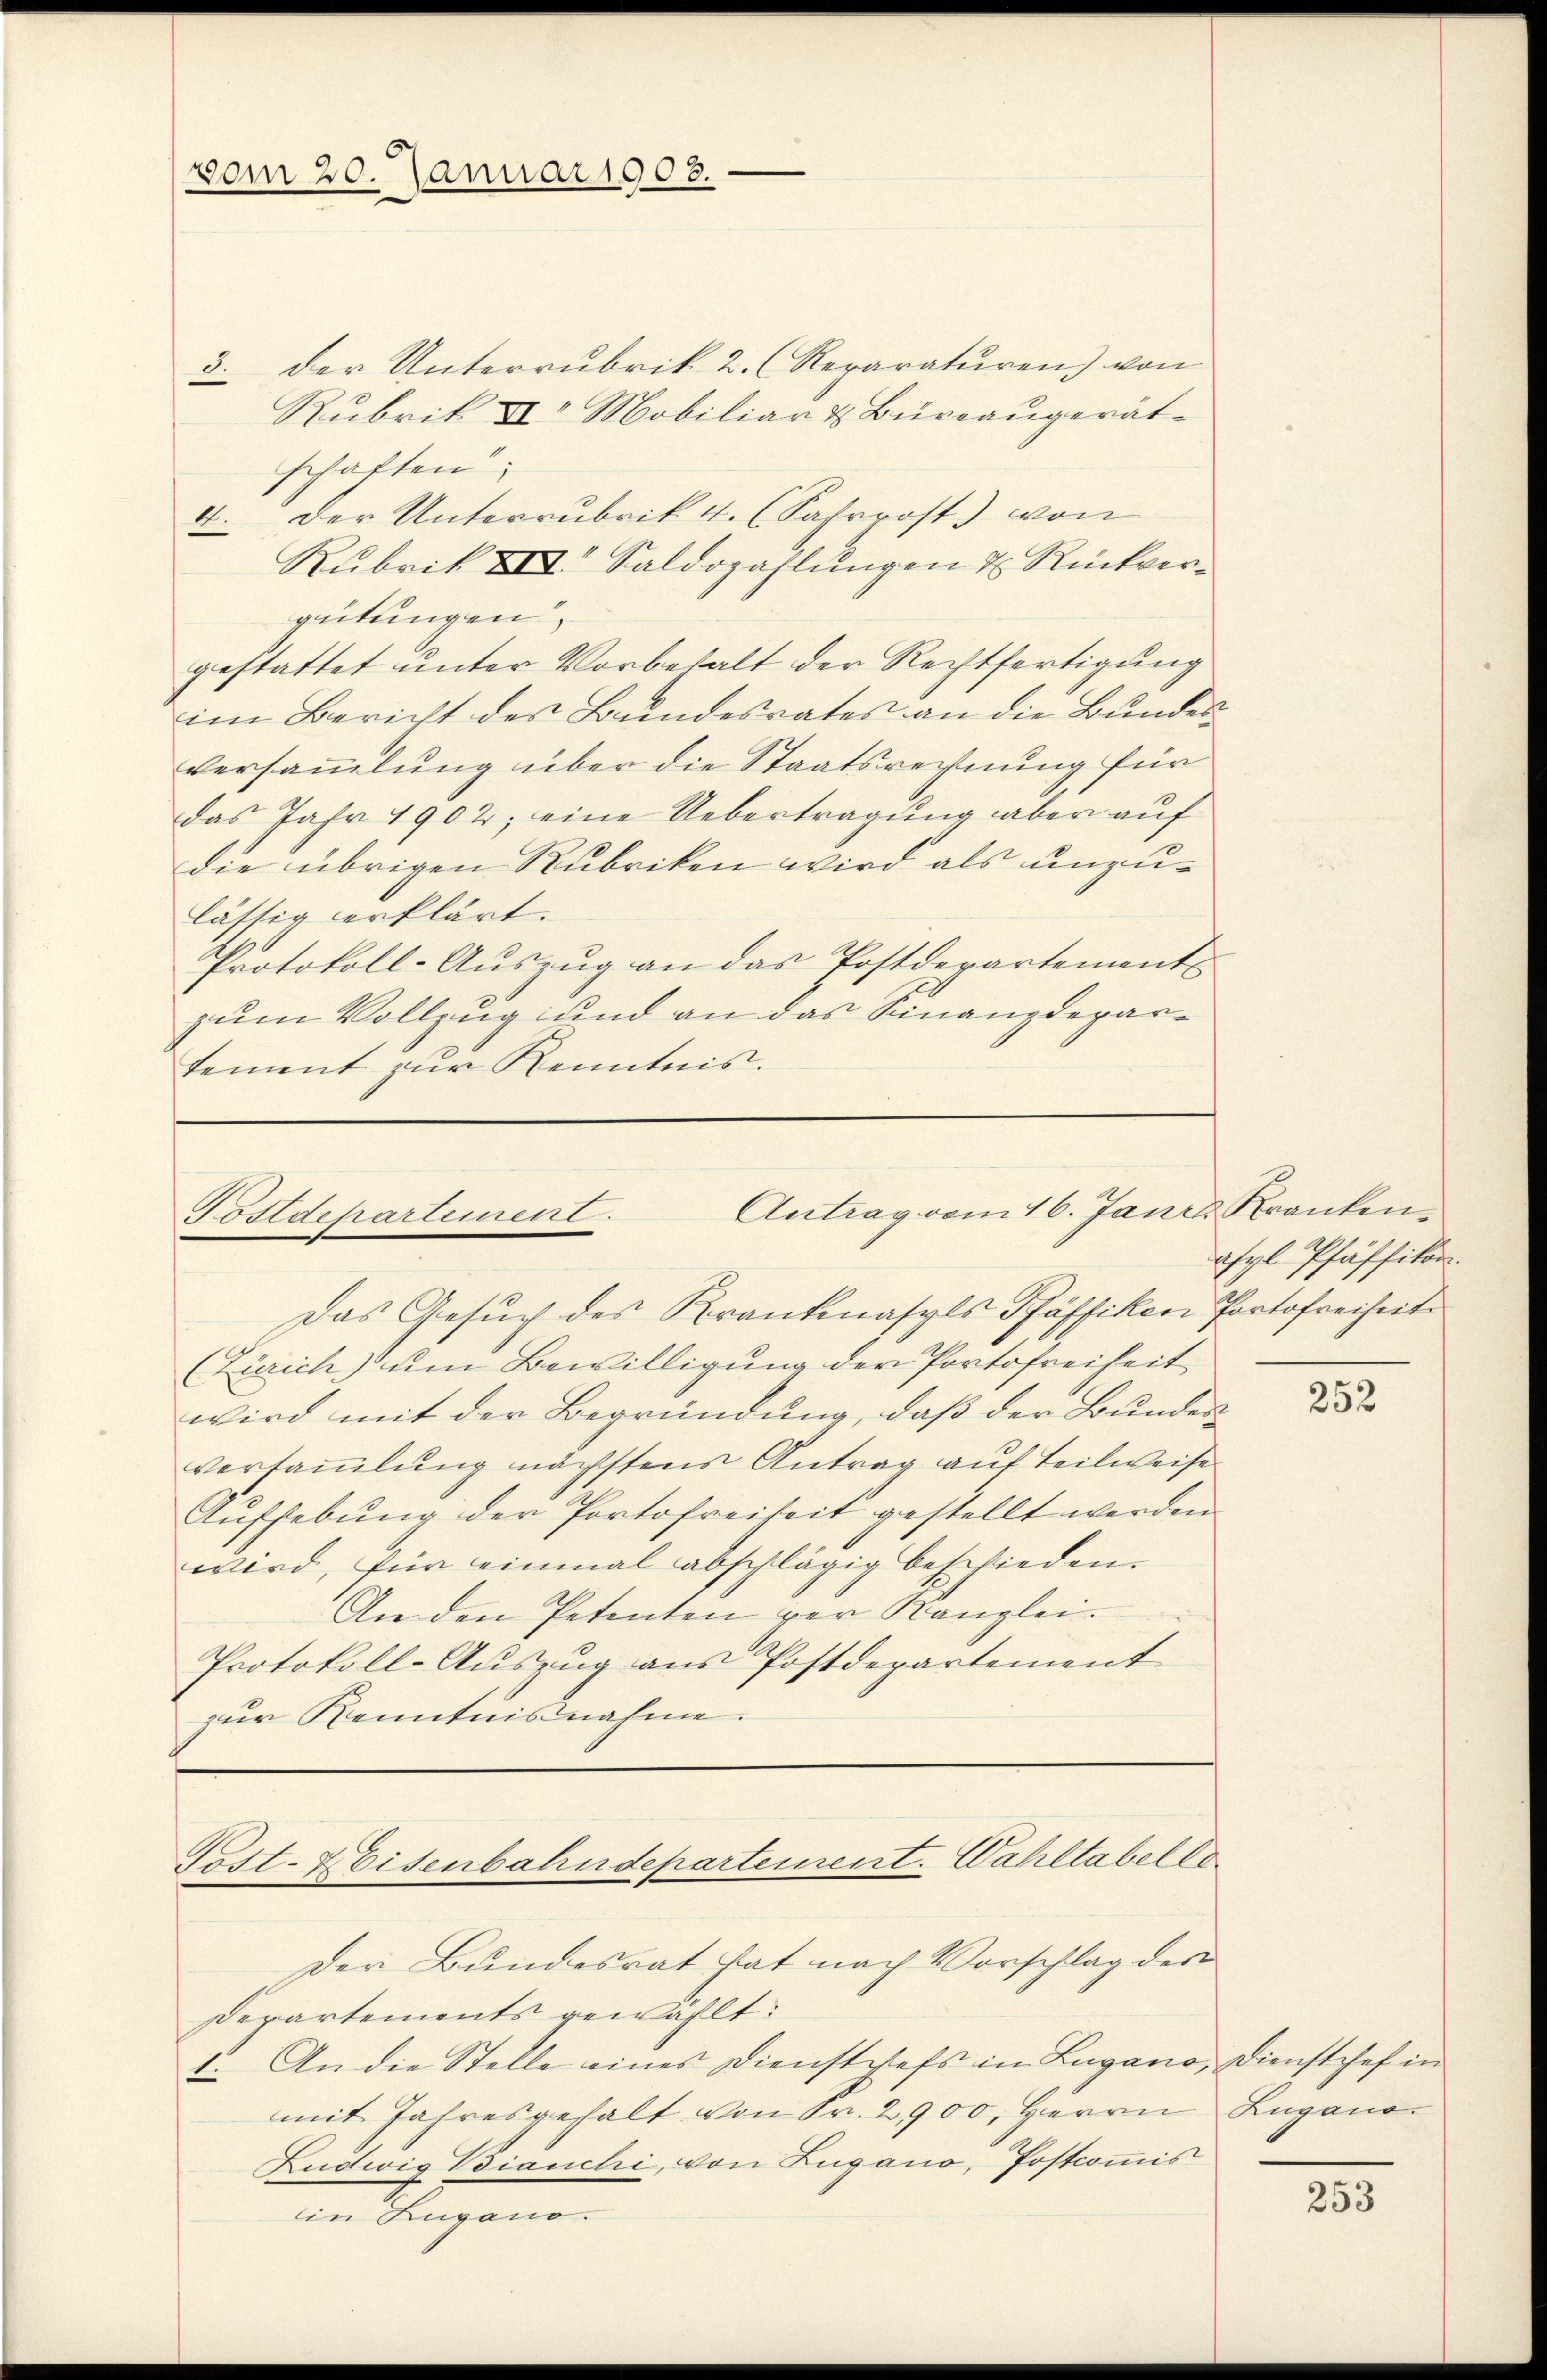
vom 20. Januar 1908.

der Unterrubrik 2. (Reparaturen) von
.
Rubrik II Mobiliar & Büreaugerät-
schaften:
4. Der Unterrubrik 4. (Fahrrost) von
Rubrik XVII. Saldozahlungen 7 Rückvergeitungen.
gestattet unter Vorbehalt der Rechtfertigung
im Bericht des Bundesrates an die Bundesversammlung über die Staatsrechnung für
das Jahr 1902; eine Uebertragung aber auf
die übrigen Rubriken wird als unzulässig erklärt.
Protokoll-Aŭszŭg an das Postdepartement
zum Vollzug und an das Finanzdepartement zur Kenntnis.

Antrag vom 16. Janiz Kranken¬
Polldepartement.
Das Gesuch des Krankmasyls Pfäffiken Portofreiheit

(Zürich) um Bewilligung der Portofreiheit
wird mit der Begründung, daß der Bundes
versammlung nächstens Antrag auf Teilweise
Aufhebung der Portofreiheit gestellt werden.
wird, für einmal abschlägig beschieden.
An den Petenten per Kanzlei.
Protokoll-Auszug aus Postdepartement
zur Kenntnisnahme.

Post-Eisenbahndepartement. Wahltabel t
Der Bundesrat hat nach Vorschlag der

Departements gewählt:
1. An die Stelle eines Diensteefs in Lugano, Dienstchef in
mit Jahresgehalt von Fr. 2900, Herrn Lugano¬
Ludwig Bianchi, von Zugano, Postcommis
in Lugano.

aspl Pfäffikon.

252

253